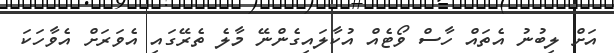
އަށް ލިބުނު އެތައް ހާސް ވޯޓެއް އުކާލައިގެންނޭ މާލެ ތެރޭގައި އެވަރަށް އެވާހަކަ